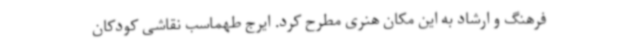
فرهنگ و ارشاد به این مکان هنری مطرح کرد. ایرج طهماسب نقاشی کودکان